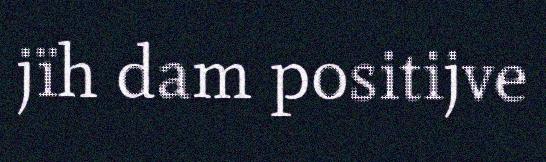
jïh dam positijve